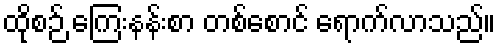
ထိုစဉ် ကြေးနန်းစာ တစ်စောင် ရောက်လာသည်။